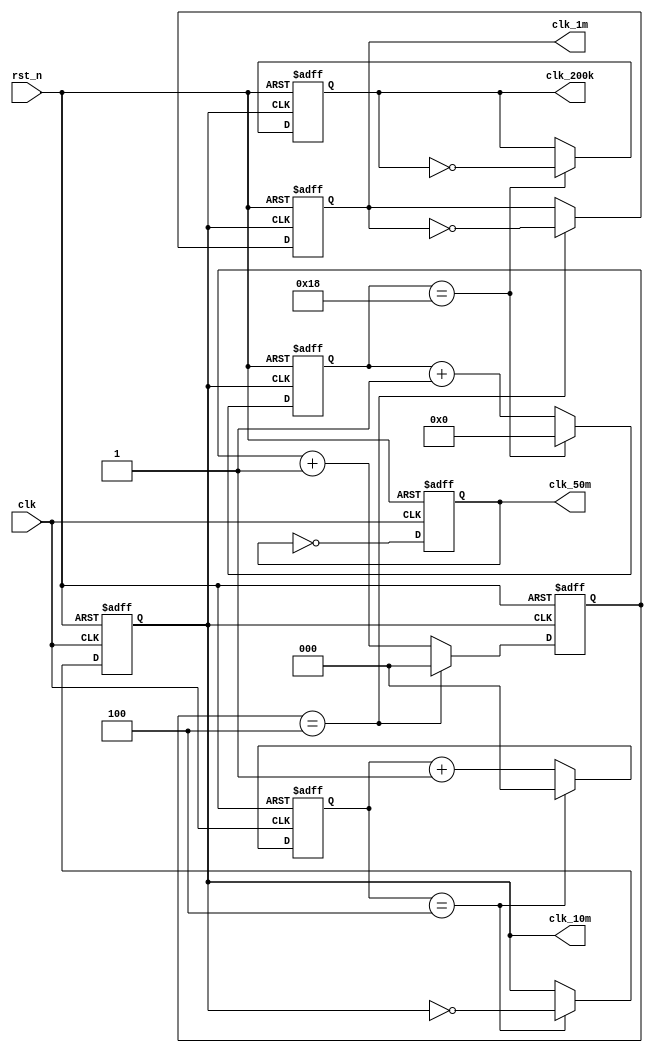
`timescale 1ns / 1ps
//////////////////////////////////////////////////////////////////////////////////
// Company: 
// Engineer: 
// 
// Design Name: 
// Module Name: clk_div
// Project Name: 
// Target Devices: 
// Tool Versions: 
// Description: 
// 
// Dependencies: 
// 
// Revision:
// Revision 0.01 - File Created
// Additional Comments:
// 
//////////////////////////////////////////////////////////////////////////////////


module clk_div(
    input            clk,
    input            rst_n,
    output reg       clk_1m = 0,
    output reg       clk_200k = 0,
    output reg       clk_10m = 0,
    output reg       clk_50m = 0
    );
    
    always@(posedge clk, negedge rst_n) begin
        if(!rst_n)
            clk_50m <= 0;
        else 
            clk_50m <= ~clk_50m;
    end

    reg [2:0] clk_10m_cnt = 0;
    always@(posedge clk, negedge rst_n) begin
        if(!rst_n) begin
            clk_10m_cnt <= 0;
            clk_10m <= 0;
        end
        else if(clk_10m_cnt == 4) begin
            clk_10m <= ~clk_10m;
            clk_10m_cnt <= 0;
        end
        else
            clk_10m_cnt <= clk_10m_cnt + 1;
    end
    
    reg [2:0] clk_1m_cnt = 0;
    always@(posedge clk_10m, negedge rst_n) begin
        if(!rst_n) begin
            clk_1m <= 0;
            clk_1m_cnt = 0;
        end
        else if(clk_1m_cnt == 4) begin
            clk_1m <= ~clk_1m;
            clk_1m_cnt <= 0;
        end
        else
            clk_1m_cnt <= clk_1m_cnt + 1;
    end
    
    reg [5:0] clk_200k_cnt = 0;
    always@(posedge clk_10m, negedge rst_n) begin
        if(!rst_n) begin
            clk_200k <= 0;
            clk_200k_cnt <= 0;
        end
        else if(clk_200k_cnt == 24) begin
            clk_200k <= ~clk_200k;
            clk_200k_cnt <= 0;
        end
        else
            clk_200k_cnt <= clk_200k_cnt + 1;
    end
endmodule